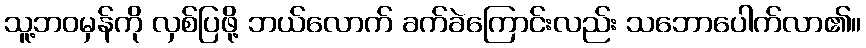
သူ့ဘဝမှန်ကို လှစ်ပြဖို့ ဘယ်လောက် ခက်ခဲကြောင်းလည်း သဘောပေါက်လာ၏။